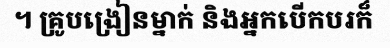
។ គ្រូបង្រៀនម្នាក់ និងអ្នកបើកបរក៏